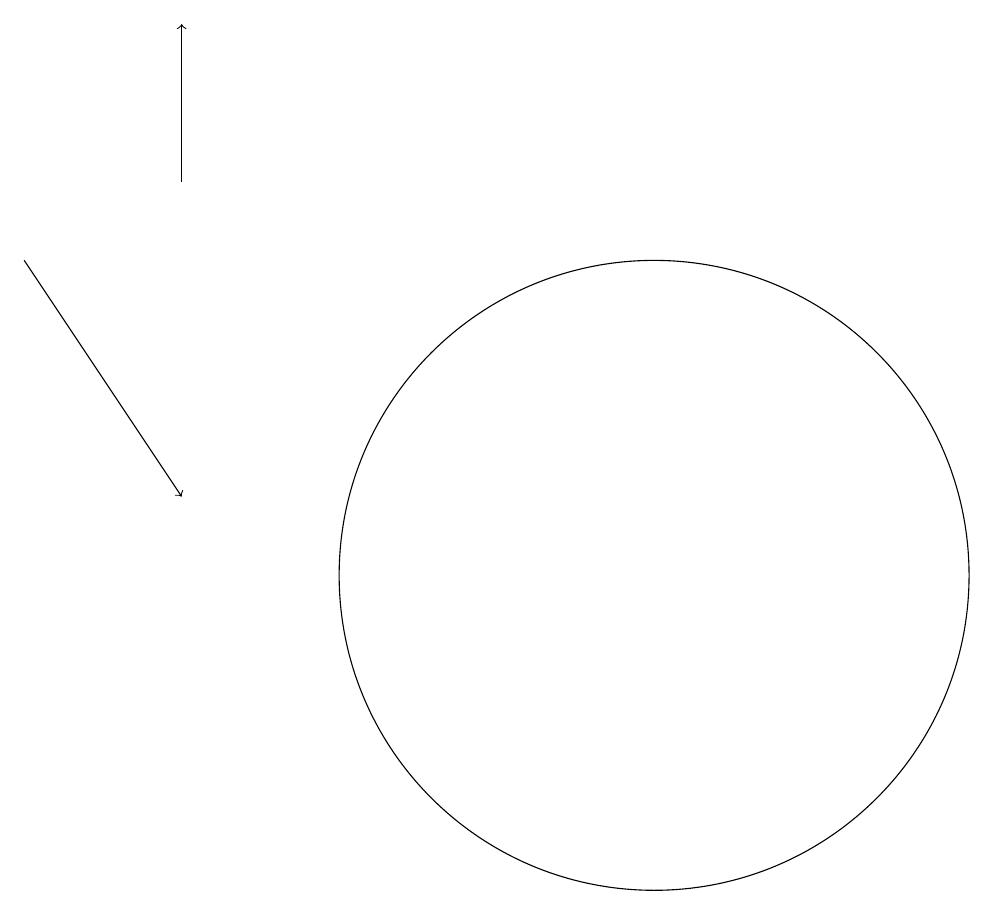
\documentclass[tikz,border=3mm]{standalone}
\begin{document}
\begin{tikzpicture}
\draw[->] (6,15) -- (6,17);
\draw (12,10) circle (4);
\draw[->] (4,14) -- (6,11);
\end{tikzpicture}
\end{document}